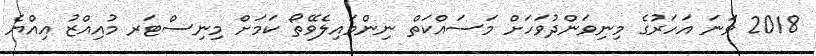
2018 ވަނަ އަހަރުގެ މިނިވަންދުވަހަށް މަސައްކަތް ނިންމައިލެވޭތޯ ކަމަށް މިނިސްޓަރ މުއިއްޒު އިއްޔެ